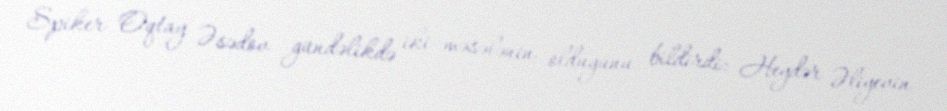
Spiker Oqtay Əsədov gündəlikdə iki məsələnin olduğunu bildirdi: Heydər Əliyevin